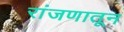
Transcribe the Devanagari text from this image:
रांजणातून